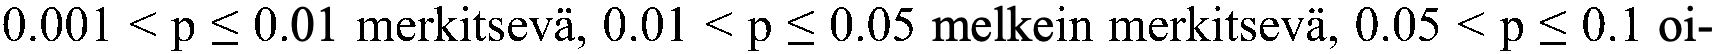
0.001 < p ≤ 0.01 merkitsevä, 0.01 < p ≤ 0.05 melkein merkitsevä, 0.05 < p ≤ 0.1 oi-